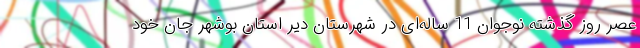
عصر روز گذشته نوجوان 11 ساله‌ای در شهرستان دیر استان بوشهر جان خود